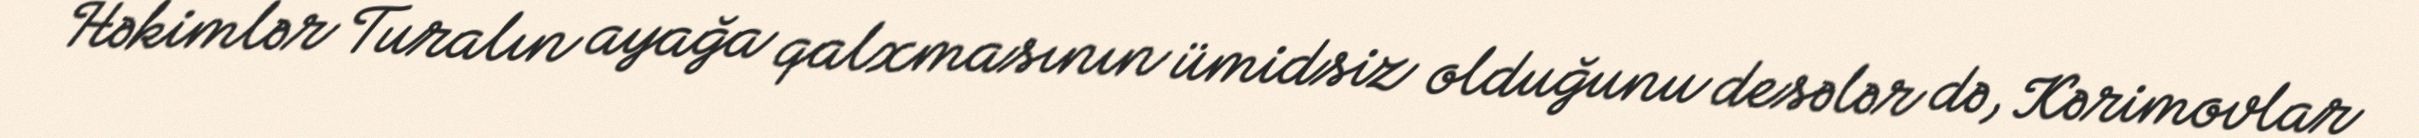
Həkimlər Turalın ayağa qalxmasının ümidsiz olduğunu desələr də, Kərimovlar